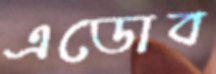
এডোব